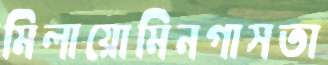
মিলায়োমিনগাসতা